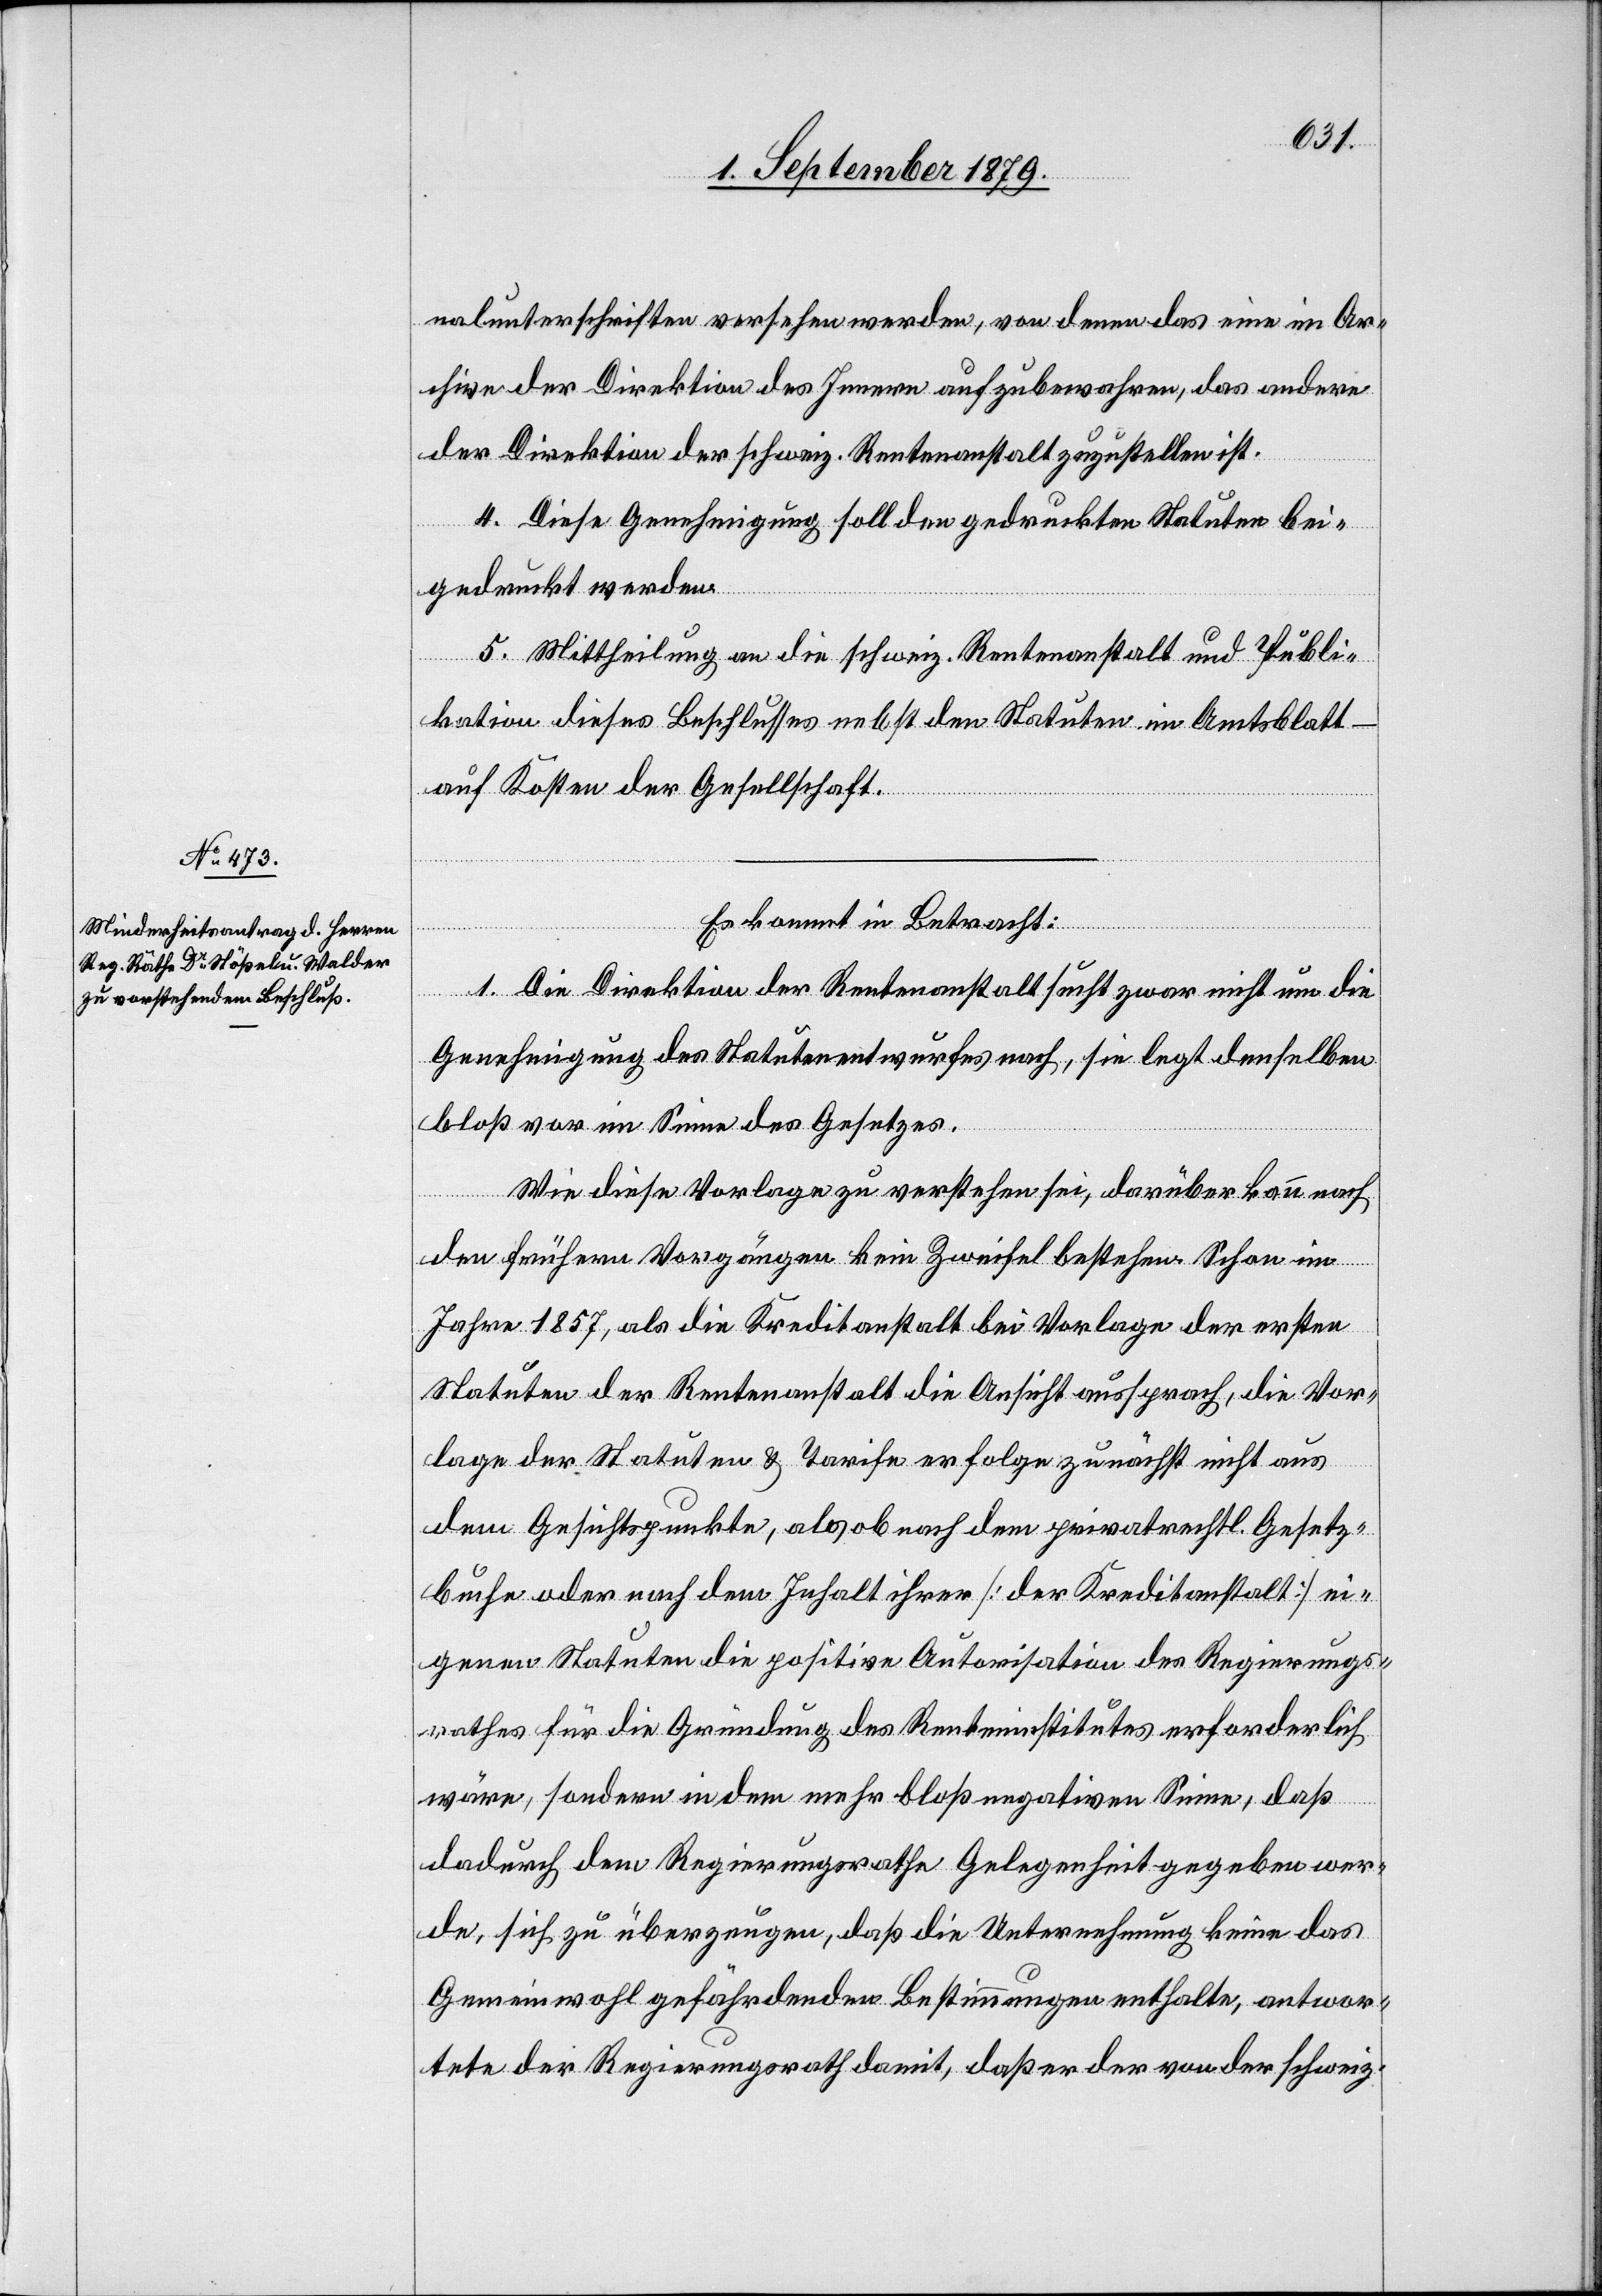
Es kommt in Betracht:
1. Die Direktion der Rentenanstalt sucht zwar nicht um die
Genehmigung des Statutenentwurfes nach, sie legt denselben
bloß vor im Sinne des Gesetzes.
Wie diese Vorlage zu verstehen sei, darüber kann nach
den frühern Vorgängen kein Zweifel bestehen. Schon im
Jahre 1857, als die Kreditanstalt bei Vorlage der ersten
Statuten der Rentenanstalt die Ansicht aussprach, die Vor¬
lage der Statuten & Tarife erfolge zunächst nicht aus
dem Gesichtspunkte, als ob nach dem privatrechtl. Gesetz¬
buche oder nach dem Inhalt ihrer [der Kreditanstalt] ei¬
genen Statuten die positive Autorisation des Regierungs¬
rathes für die Gründung des Renteninstitutes erforderlich
wäre, sondern in dem mehr bloß negativen Sinne, daß
dadurch dem Regierungsrathe Gelegenheit gegeben wer¬
de, sich zu überzeugen, daß die Unternehmung keine das
Gemeinwohl gefährdenden Bestimmungen enthalte, antwor¬
tete der Regierungsrath damit, daß er der von der schweiz.